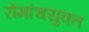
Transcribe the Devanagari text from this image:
रोमांचयुक्त